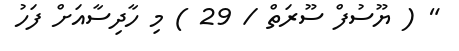
" ( ޔޫސުފް ސޫރަތް / 29 ) މި ހާދިސާއަށް ފަހު